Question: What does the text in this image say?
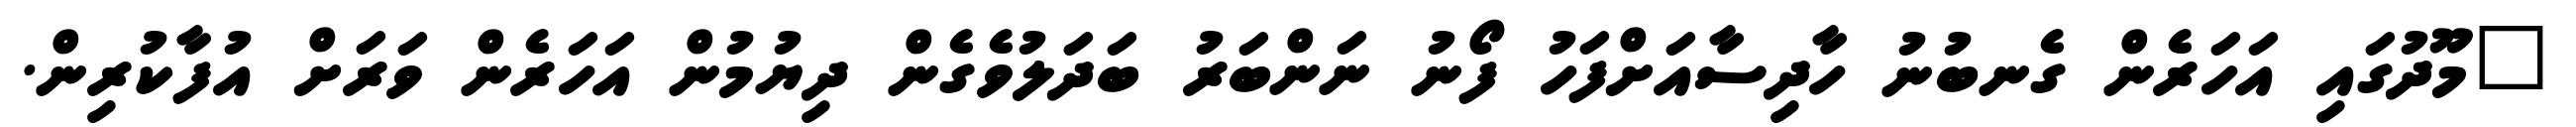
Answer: "މޫދުގައި އަހަރެން ގެނބުނު ހާދިސާއަށްފަހު ފޯނު ނަންބަރު ބަދަލުވެގެން ދިޔުމުން އަހަރެން ވަރަށް އުފާކުރިން.